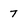
Character: 7